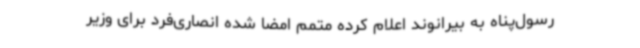
رسول‌پناه به بیرانوند اعلام کرده متمم امضا شده انصاری‌فرد برای وزیر